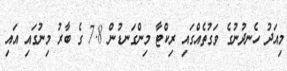
މިއަދު ހެނދުނުގެ ވަގުތެއްގައި ރިކްޓާ މިންގަނޑުން 7.8 ގެ ބާރު މިނުގައި އައި